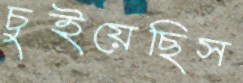
চুইয়েছিস